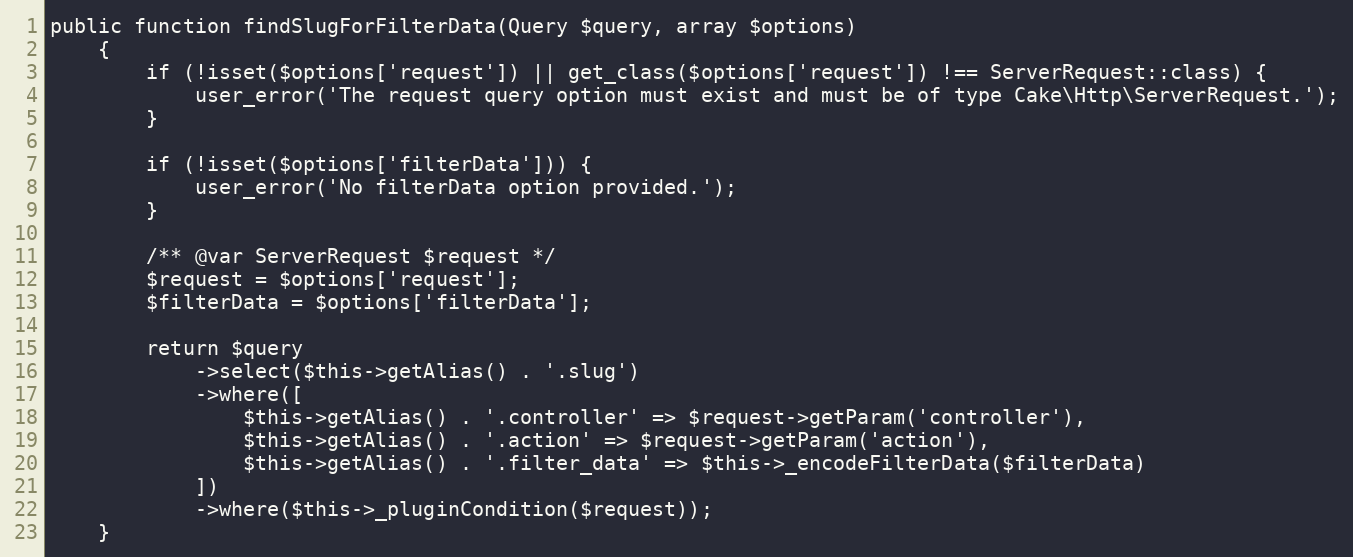
Language: PHP
public function findSlugForFilterData(Query $query, array $options)
    {
        if (!isset($options['request']) || get_class($options['request']) !== ServerRequest::class) {
            user_error('The request query option must exist and must be of type Cake\Http\ServerRequest.');
        }

        if (!isset($options['filterData'])) {
            user_error('No filterData option provided.');
        }

        /** @var ServerRequest $request */
        $request = $options['request'];
        $filterData = $options['filterData'];

        return $query
            ->select($this->getAlias() . '.slug')
            ->where([
                $this->getAlias() . '.controller' => $request->getParam('controller'),
                $this->getAlias() . '.action' => $request->getParam('action'),
                $this->getAlias() . '.filter_data' => $this->_encodeFilterData($filterData)
            ])
            ->where($this->_pluginCondition($request));
    }